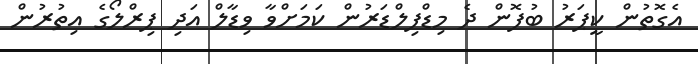
އެގޮތުން ކީޕަރު ބުފޮން ދެ މިޑްފިލްޑަރުން ކަމަށްވާ ވިޑާލް އަދި ޕިރްލޯގެ އިތުރުން